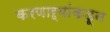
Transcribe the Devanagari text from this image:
करणाऱ्यांकडून